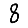
Digit: 8